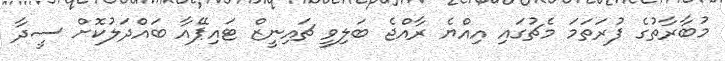
މުބާރާތުގެ ފުރަތަމަ މެޗުގައި އިއްޔެ ރާއްޖެ ބަލިވީ ޗައިނީޒް ޓައިޕޭއާ ބައްދަލުކޮށް ސީދާ